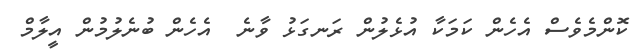
ކޮންމެވެސް އެހެން ކަމަކާ އުޅެލުން ރަނގަޅު ވާނެ  އެހެން ބުނެލުމުން އީލާމް